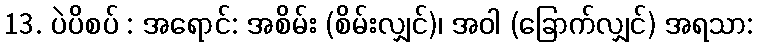
13. ပဲပိစပ် : အရောင်: အစိမ်း (စိမ်းလျှင်)၊ အဝါ (ခြောက်လျှင်) အရသာ: